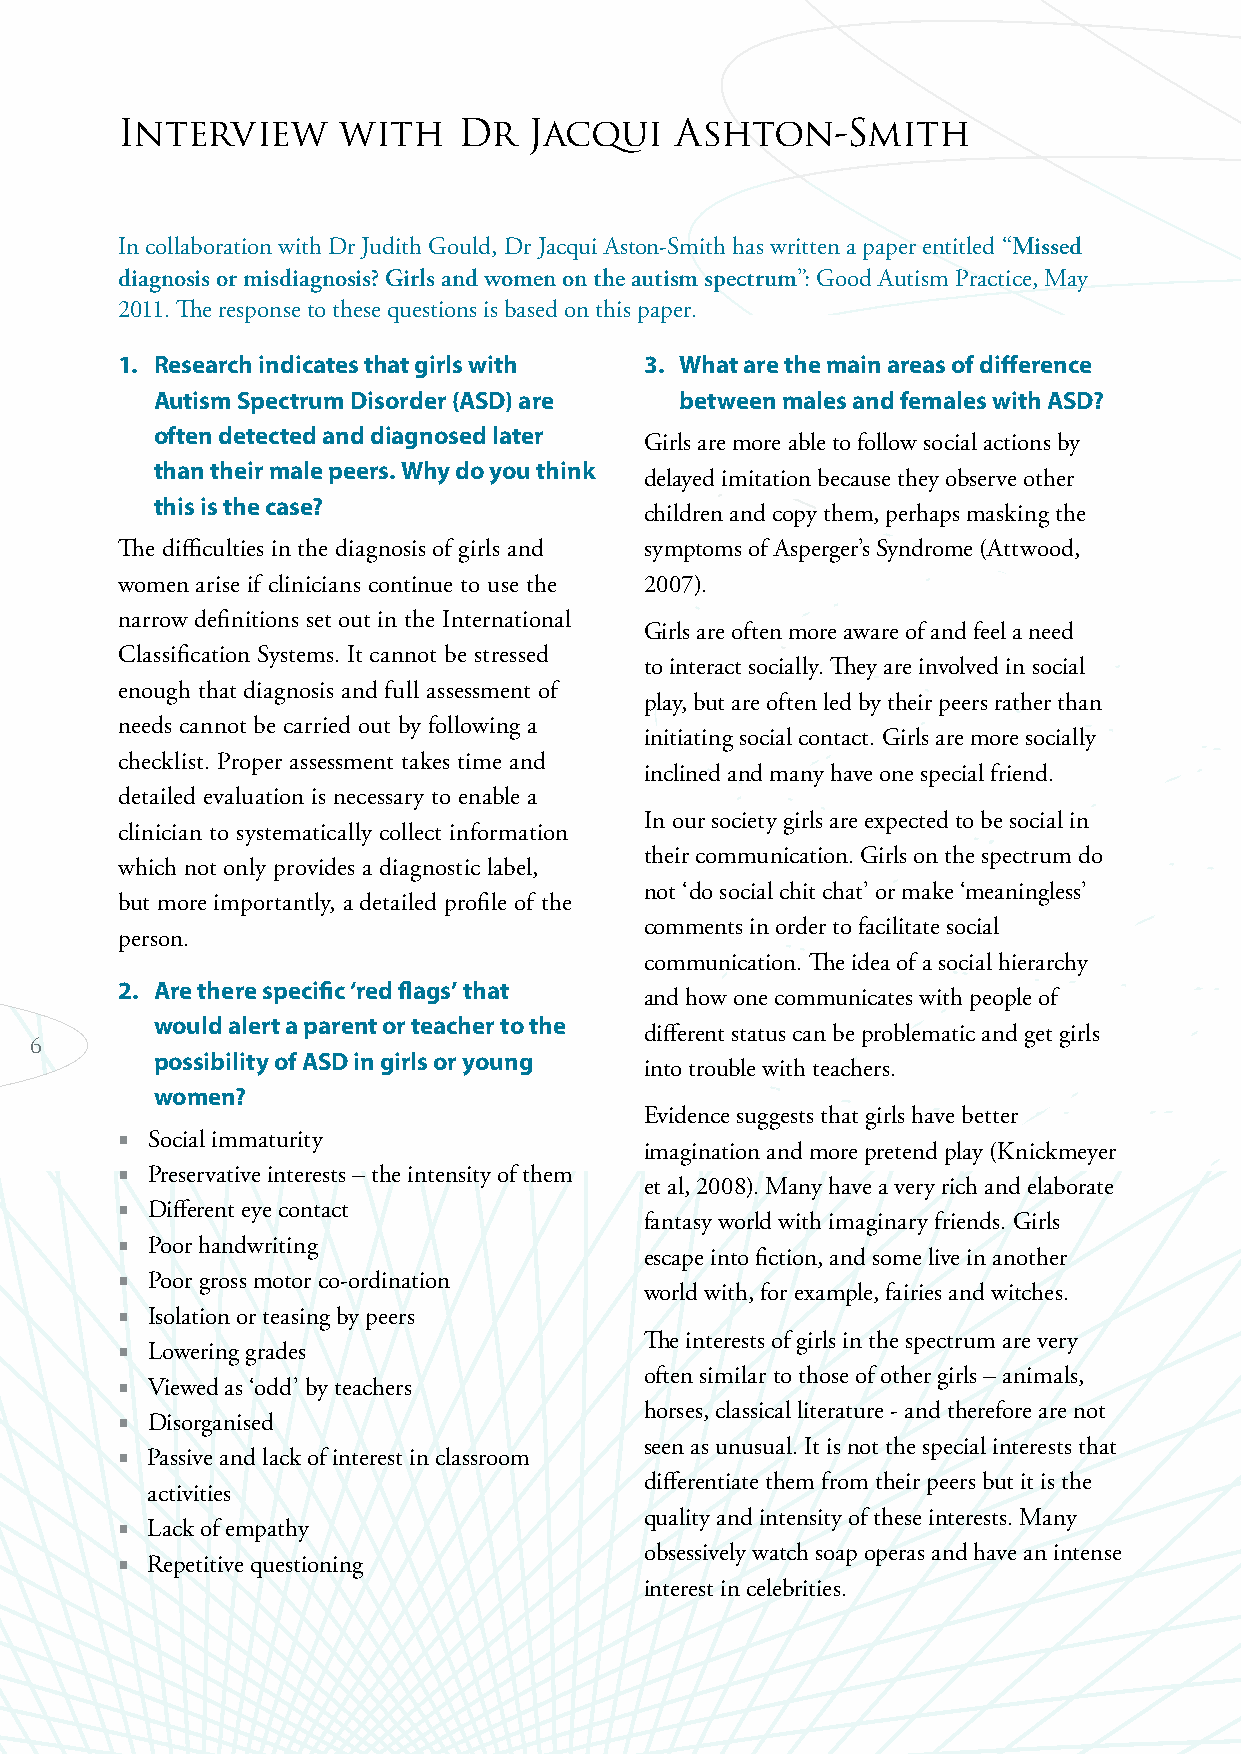
Interview     with    Dr   Jacqui    Ashton-Smith
 In collaboration with Dr Judith Gould, Dr Jacqui Aston-Smith has written a paper entitled “Missed
 diagnosis or misdiagnosis? Girls and women on the autism spectrum”: Good Autism Practice, May
 2011. The response to these questions is based on this paper.
 1. Research indicates that girls with 3. What are the main areas of difference
 Autism Spectrum Disorder (ASD) are between males and females with ASD?
 often detected and diagnosed later
 Girls are more able to follow social actions by
 than their male peers. Why do you think
 delayed imitation because they observe other
 this is the case?
 children and copy them, perhaps masking the
 The difficulties in the diagnosis of girls and symptoms of Asperger’s Syndrome (Attwood,
 women arise if clinicians continue to use the 2007).
 narrow definitions set out in the International
 Girls are often more aware of and feel a need
 Classification Systems. It cannot be stressed
 to interact socially. They are involved in social
 enough that diagnosis and full assessment of
 play, but are often led by their peers rather than
 needs cannot be carried out by following a
 initiating social contact. Girls are more socially
 checklist. Proper assessment takes time and
 inclined and many have one special friend.
 detailed evaluation is necessary to enable a
 In our society girls are expected to be social in
 clinician to systematically collect information
 their communication. Girls on the spectrum do
 which not only provides a diagnostic label,
 not ‘do social chit chat’ or make ‘meaningless’
 but more importantly, a detailed profile of the
 comments in order to facilitate social
 person.
 communication. The idea of a social hierarchy
 2. Are there specific ‘red flags’ that
 and how one communicates with people of
 would alert a parent or teacher to the
 different status can be problematic and get girls
 6
 possibility of ASD in girls or young
 into trouble with teachers.
 women?
 Evidence suggests that girls have better
  Social immaturity
 imagination and more pretend play (Knickmeyer
  Preservative interests – the intensity of them
 et al, 2008). Many have a very rich and elaborate
  Different eye contact
 fantasy world with imaginary friends. Girls
  Poor handwriting
 escape into fiction, and some live in another
  Poor gross motor co-ordination
 world with, for example, fairies and witches.
  Isolation or teasing by peers
 The interests of girls in the spectrum are very
  Lowering grades
 often similar to those of other girls – animals,
  Viewed as ‘odd’ by teachers
 horses, classical literature - and therefore are not
  Disorganised
 seen as unusual. It is not the special interests that
  Passive and lack of interest in classroom
 differentiate them from their peers but it is the
 activities
 quality and intensity of these interests. Many
  Lack of empathy
 obsessively watch soap operas and have an intense
  Repetitive questioning
 interest in celebrities.